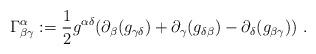
LaTeX: \begin{align*}\Gamma^\alpha_{\beta\gamma} : = \frac{1}{2} g^{\alpha\delta} (\partial_\beta (g_{\gamma\delta}) + \partial_\gamma (g_{\delta\beta}) - \partial_\delta (g_{\beta\gamma}))\ .\end{align*}